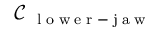
\mathcal { C } _ { \mathrm { ~ \tiny ~ l ~ o ~ w ~ e ~ r ~ - ~ j ~ a ~ w ~ } }